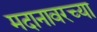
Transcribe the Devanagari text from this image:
मदानावरच्या